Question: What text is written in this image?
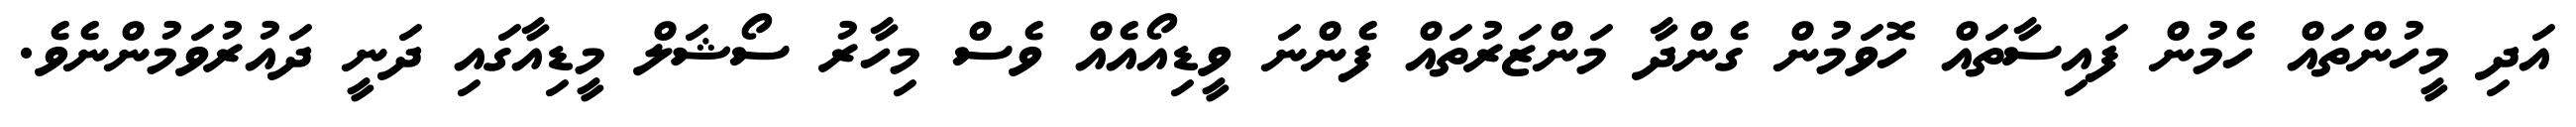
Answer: އަދި މީހުންތައް ހެމުން ފައިސާތައް ހޮވަމުން ގެންދާ މަންޒަރުތައް ފެންނަ ވީޑިއޯއެއް ވެސް މިހާރު ސޯޝަލް މީޑިއާގައި ދަނީ ދައުރުވަމުންނެވެ.